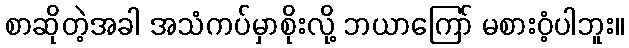
စာဆိုတဲ့အခါ အသံကပ်မှာစိုးလို့ ဘယာကြော် မစားဝံ့ပါဘူး။